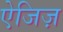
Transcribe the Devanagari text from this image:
ऐजिज़